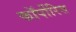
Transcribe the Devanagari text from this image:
कॉर्पोरिस